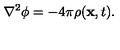
\nabla ^ { 2 } \phi = - 4 \pi \rho ( { \bf x } , t ) .